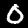
Label: 0